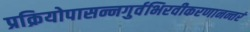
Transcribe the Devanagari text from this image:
प्रक्रियोपासन्नगुर्वभिरवीकरणानन्तरं